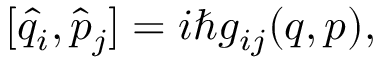
[ \hat { q } _ { i } , \hat { p } _ { j } ] = i \hbar g _ { i j } ( q , p ) ,